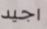
اجيد